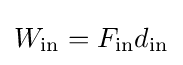
W_{\text{in}}=F_{\text{in}}d_{\text{in}}